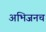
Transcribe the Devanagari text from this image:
अभिजनच